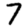
Digit: 7